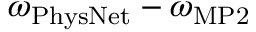
\omega _ { \mathrm { P h y s N e t } } - \omega _ { \mathrm { M P 2 } }